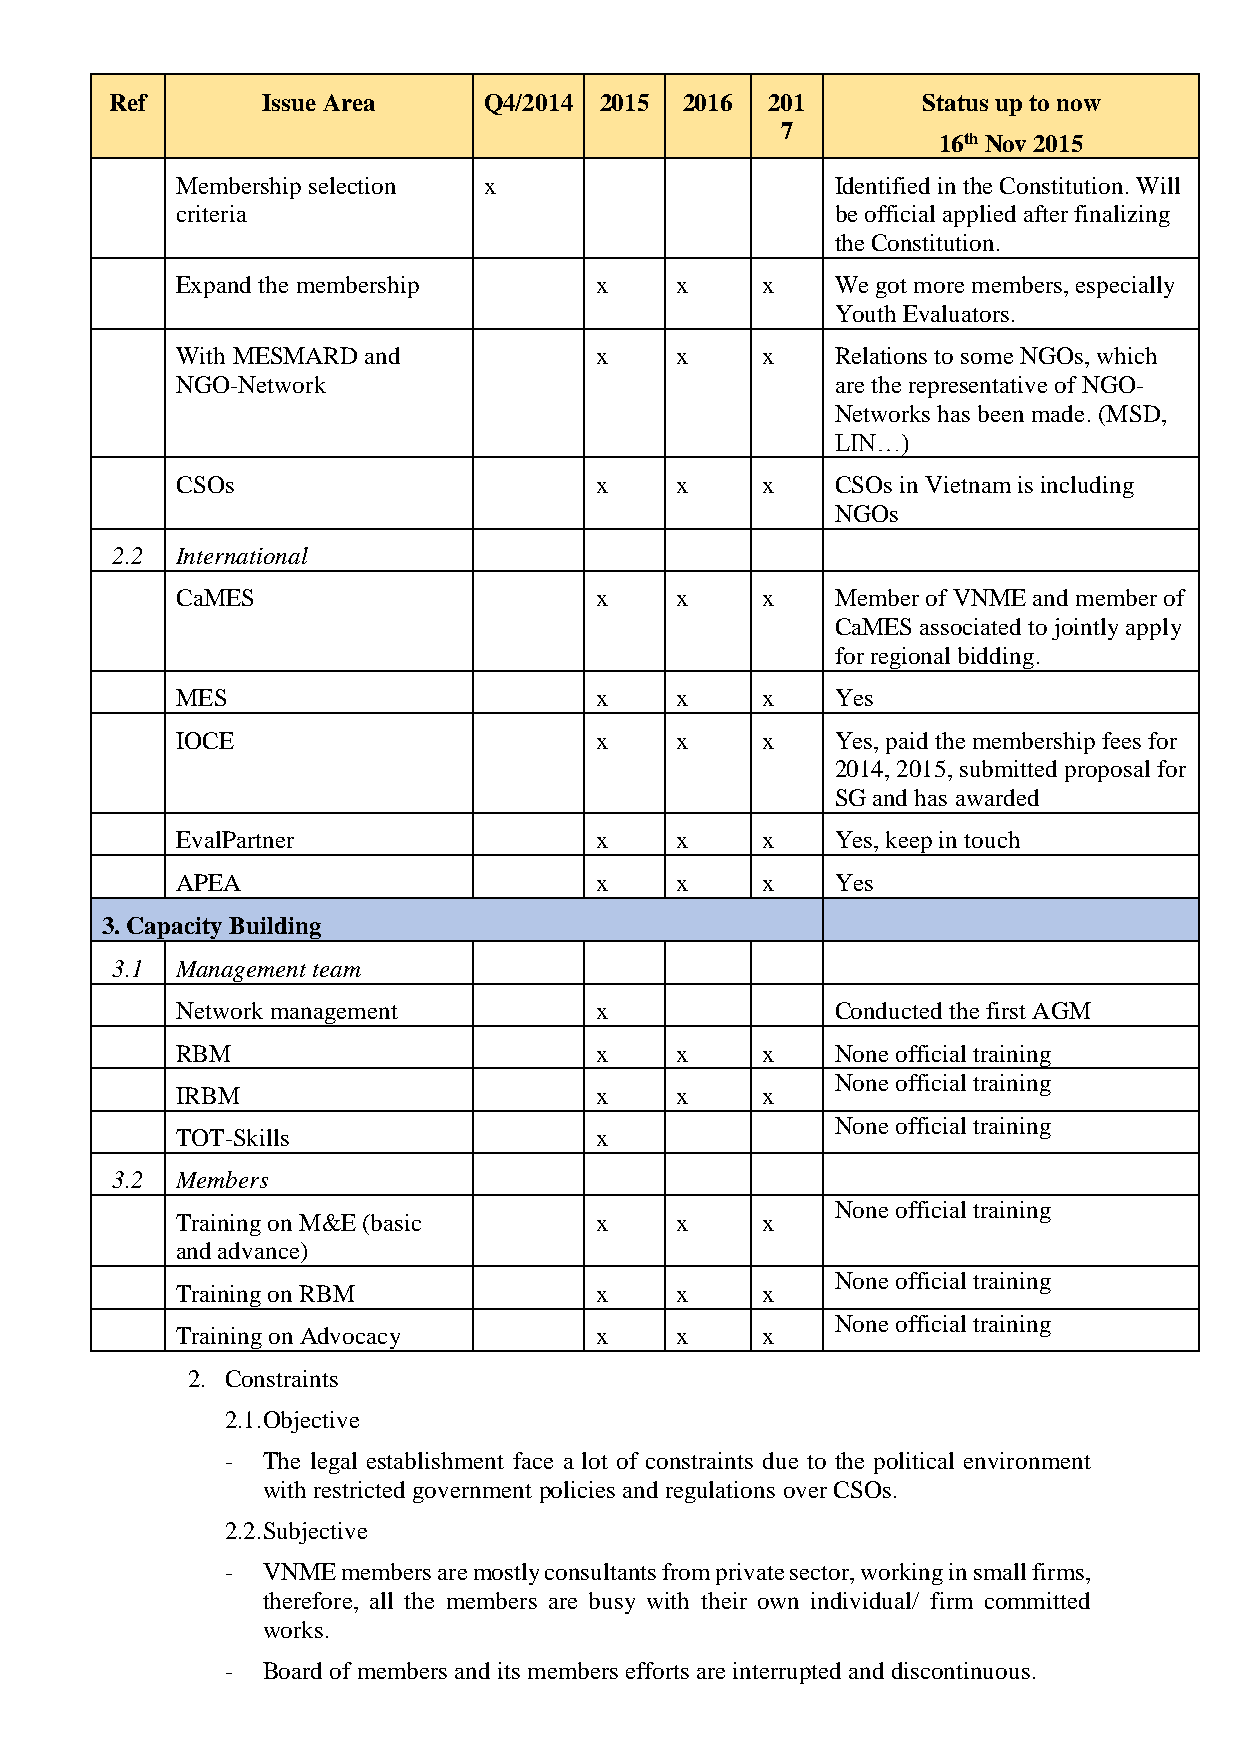
Ref       Issue Area     Q4/2014 2015 2016  201       Status up to now
 7
 16th Nov 2015
 Membership selection x                     Identified in the Constitution. Will
 criteria                                   be official applied after finalizing
 the Constitution.
 Expand the membership      x     x    x    We got more members, especially
 Youth Evaluators.
 With MESMARD and           x     x    x    Relations to some NGOs, which
 NGO-Network                                are the representative of NGO-
 Networks has been made. (MSD,
 LIN…)
 CSOs                       x     x    x    CSOs in Vietnam is including
 NGOs
 2.2  International
 CaMES                      x     x    x    Member of VNME and member of
 CaMES associated to jointly apply
 for regional bidding.
 MES                        x     x    x    Yes
 IOCE                       x     x    x    Yes, paid the membership fees for
 2014, 2015, submitted proposal for
 SG and has awarded
 EvalPartner                x     x    x    Yes, keep in touch
 APEA                       x     x    x    Yes
 3. Capacity Building
 3.1  Management team
 Network management         x               Conducted the first AGM
 RBM                        x     x    x    None official training
 None official training
 IRBM                       x     x    x
 None official training
 TOT-Skills                 x
 3.2  Members
 None official training
 Training on M&E (basic     x     x    x
 and advance)
 None official training
 Training on RBM            x     x    x
 None official training
 Training on Advocacy       x     x    x
 2. Constraints
 2.1.Objective
 - The legal establishment face a lot of constraints due to the political environment
 with restricted government policies and regulations over CSOs.
 2.2.Subjective
 - VNME  members are mostly consultants from private sector, working in small firms,
 therefore, all the members are busy with their own individual/ firm committed
 works.
 - Board of members and its members efforts are interrupted and discontinuous.